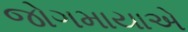
જોગમાયાએ